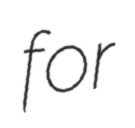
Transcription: for